Leaving Certificate Examination (including Day School Certificate (Higher) General paper), 1938
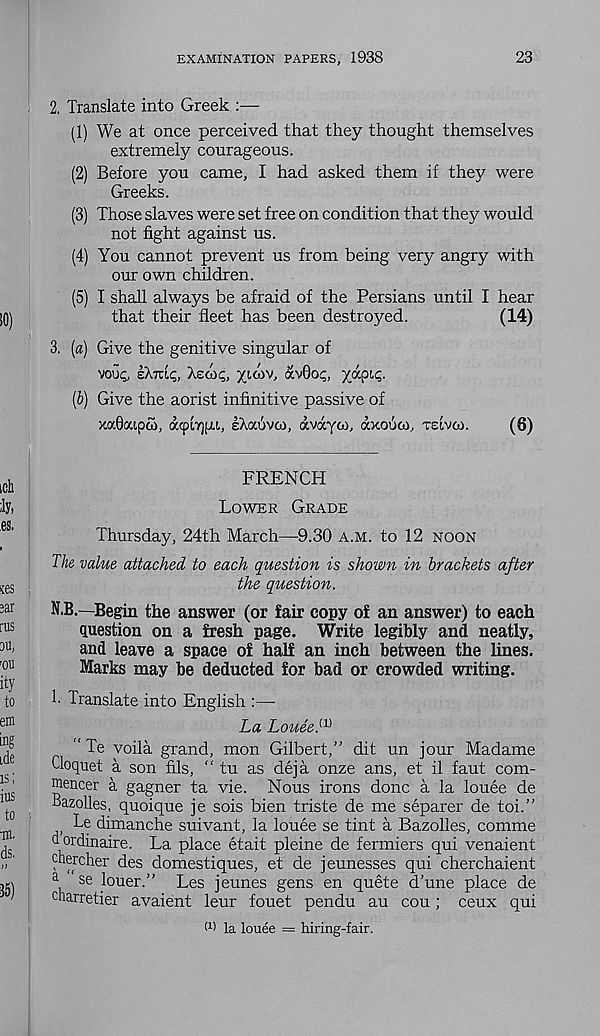
EXAMINATION PAPERS, 1938
23
2. Translate into Greek :—
(1) We at once perceived that they thought themselves
extremely courageous.
(2) Before you came, I had asked them if they were
Greeks.
(3) Those slaves were set free on condition that they would
not fight against us.
(4) You cannot prevent us from being very angry with
our own children.
(5) I shall always be afraid of the Persians until I hear
that their fleet has been destroyed.
(14)
3. [a) Give the genitive singular of
vou?, zkKic,, Xsco^, yioiv, avOo?, yapic.
(6) Give the aorist infinitive passive of
xocOoupw, atptTjpi, IXauvco, avayco, axoiico, reivoo.
(6)
FRENCH
LOWER GRADE
Thursday, 24th March—9.30 A.M. to 12 NOON
Th& value attached to each question is shown in brackets after
the question.
N.B.—Begin the answer (or fair copy of an answer) to each
question on a fresh page. Write legibly and neatly,
and leave a space of half an inch between the lines.
Marks may be deducted for bad or crowded writing.
!• Translate into English :—-
La Louee. {1)
“ Te yoila grand, mon Gilbert,” dit un jour Madame
Cloquet a son fils, “ tu as deja onze ans, et il faut com-
niencer a gagner ta vie. Nous irons done a la louee de
bazolles, quoique je sois bien triste de me separer de toi.”
Le dimanche suivant, la louee se tint a Bazolles, comme
d ordinaire. La place etait pleine de fermiers qui venaient
chercher des domestiques, et de jeunesses qui cherchaient
a
se louer.” Les jeunes gens en quete d’une place de
cnarretier avaient leur fouet pendu au cou; ceux qui
(1 ) la louee = hiring-fair.